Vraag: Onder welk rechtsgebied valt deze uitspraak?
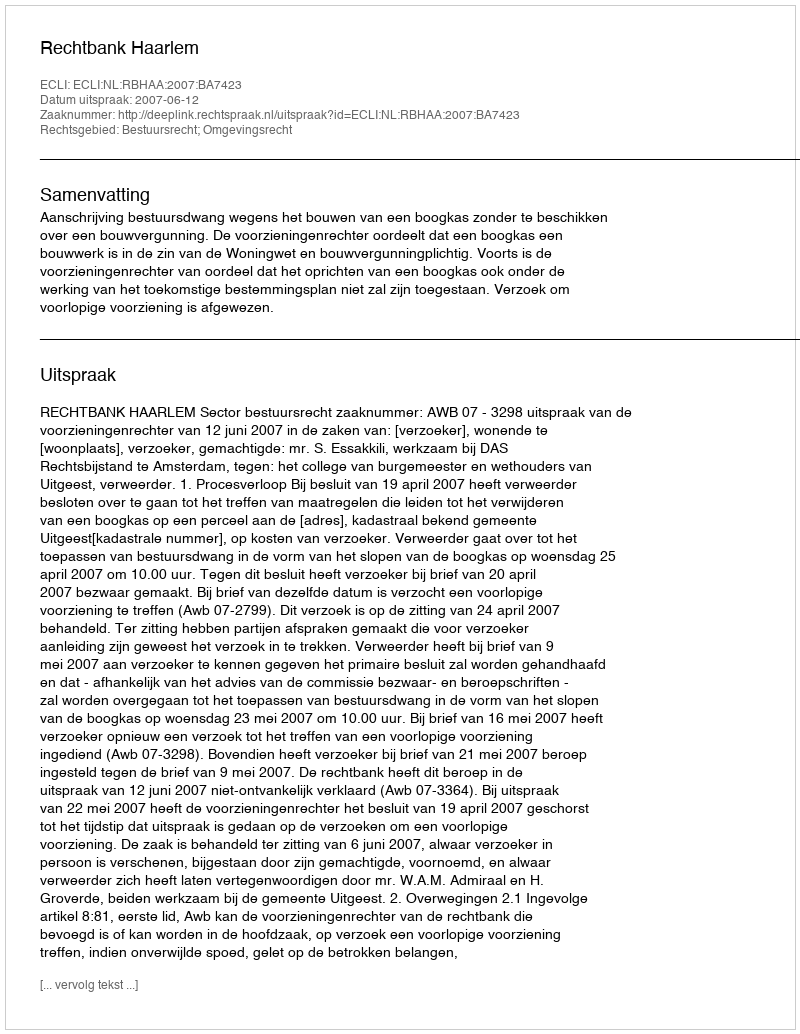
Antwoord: Bestuursrecht; Omgevingsrecht